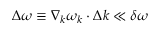
\Delta \omega \equiv \boldsymbol { \nabla } _ { \boldsymbol { k } } \omega _ { \boldsymbol { k } } \cdot \Delta \boldsymbol { k } \ll \delta \omega